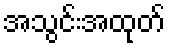
အသွင်းအထုတ်